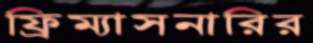
ফ্রিম্যাসনারির